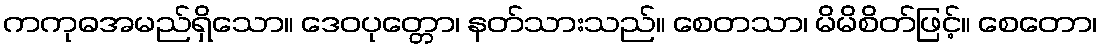
ကကုဓအမည်ရှိသော။ ဒေဝပုတ္တော၊ နတ်သားသည်။ စေတသာ၊ မိမိစိတ်ဖြင့်။ စေတော၊